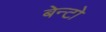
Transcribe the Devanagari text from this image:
बेन्टो